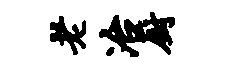
老冶厨